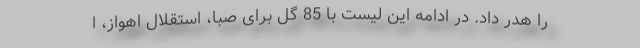
را هدر داد. در ادامه این لیست با 85 گل برای صبا، استقلال اهواز، ا